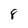
Character: 8